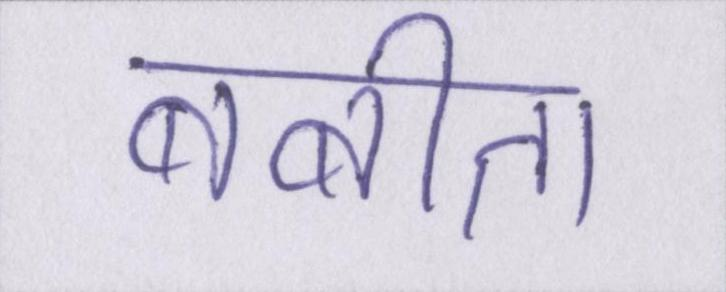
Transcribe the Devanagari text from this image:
बबीता